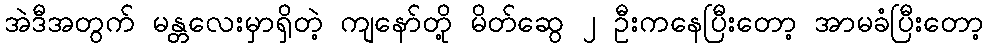
အဲဒီအတွက် မန္တလေးမှာရှိတဲ့ ကျနော်တို့ မိတ်ဆွေ ၂ ဦးကနေပြီးတော့ အာမခံပြီးတော့